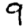
Digit: 9